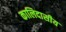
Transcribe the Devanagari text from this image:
कालिदासीय